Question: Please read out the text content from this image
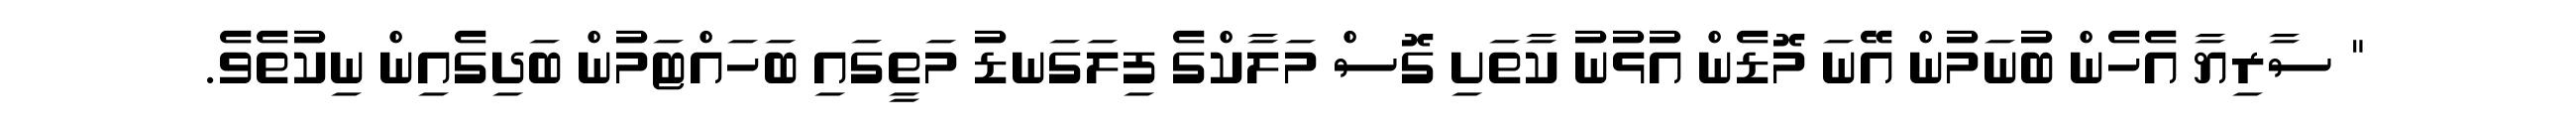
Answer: " ސާރިޔާ އެހެން ބުނަމުން އޭނަ މޮޑެން އުޅުނު ކާތަށި ގޮސް މަލާކްގެ ފިލަގަނޑު މަތީގައި ބަހައްޓަމުން ބަދިގެއިން ނިކުތެވެ.